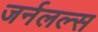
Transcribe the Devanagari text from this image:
जर्नलल्स